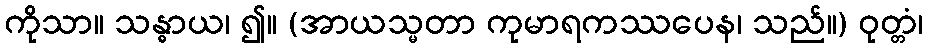
ကိုသာ။ သန္ဓာယ၊ ၍။ (အာယသ္မတာ ကုမာရကဿပေန၊ သည်။) ဝုတ္တံ၊